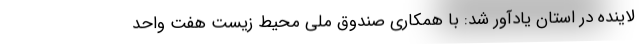
لاینده در استان یادآور شد: با همکاری صندوق ملی محیط زیست هفت واحد